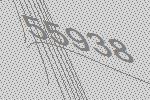
55938